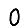
Digit: 0